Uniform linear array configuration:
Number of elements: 32
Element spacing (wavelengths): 1
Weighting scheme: hamming
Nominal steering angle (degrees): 30
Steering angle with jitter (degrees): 31.379
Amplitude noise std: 0.05
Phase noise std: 0.05

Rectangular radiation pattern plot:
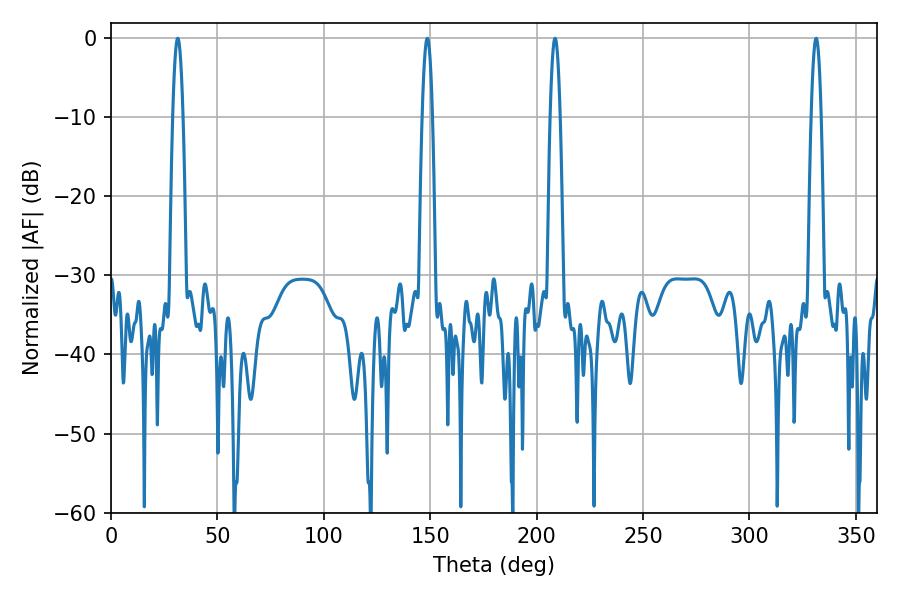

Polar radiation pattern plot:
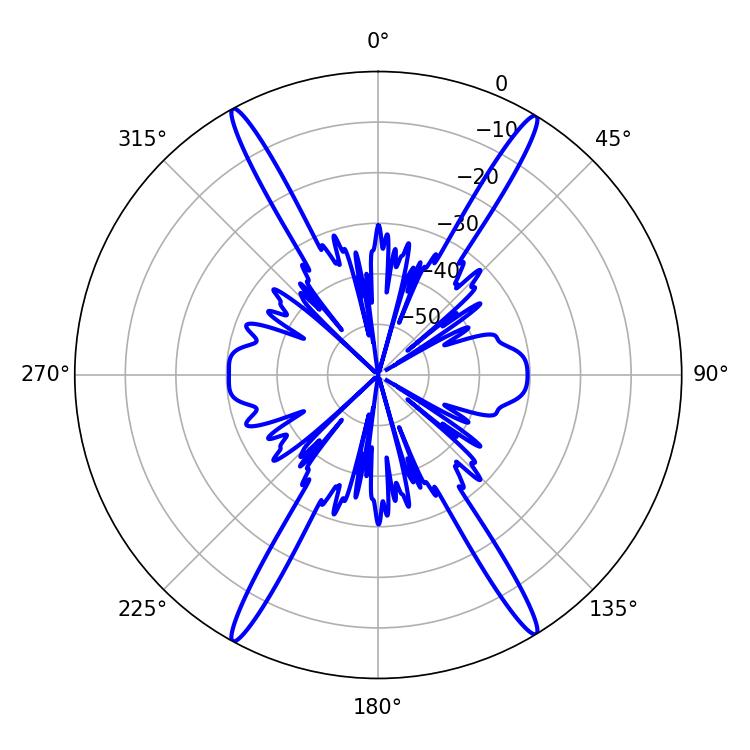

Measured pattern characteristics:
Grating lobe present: TRUE
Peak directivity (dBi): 25.702
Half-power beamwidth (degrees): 2.52
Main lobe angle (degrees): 331.38